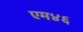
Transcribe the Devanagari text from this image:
एम४६